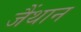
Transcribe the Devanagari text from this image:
जैंथान